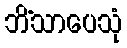
ဘိံသာပေသုံ